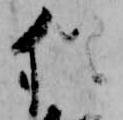
猶